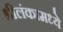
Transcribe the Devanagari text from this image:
श्रीलंकामध्ये